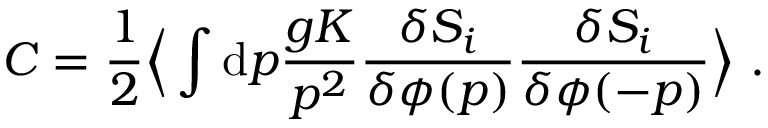
C = { \frac { 1 } { 2 } } \Big \langle \int \mathrm { d } p { \frac { g K } { p ^ { 2 } } } { \frac { \delta S _ { i } } { \delta \phi ( p ) } } { \frac { \delta S _ { i } } { \delta \phi ( - p ) } } \Big \rangle \ .